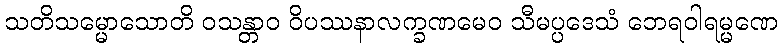
သတိသမ္မောသောတိ ဝသန္တာဝ ဝိပဿနာလက္ခဏမေဝ သီမပ္ပဒေသံ ဘေရဝါရမ္မဏေ